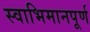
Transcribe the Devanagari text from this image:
स्वाभिमानपूर्ण